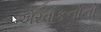
એરવાકનોનો